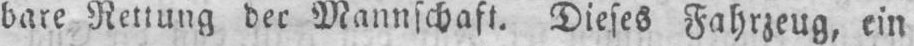
bare Rettung der Mannschaft. Dieses Fahrzeug, ein